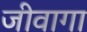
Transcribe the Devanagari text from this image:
जीवागा